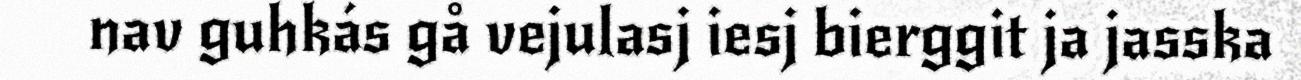
nav guhkás gå vejulasj iesj bierggit ja jasska